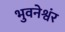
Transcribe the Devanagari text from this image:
भुवनेश्वंर